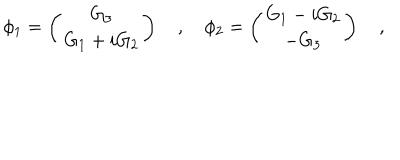
\phi _ { 1 } = \left( \begin{matrix} { { G _ { 3 } } } \\ { { G _ { 1 } + i G _ { 2 } } } \\ \end{matrix} \right) \quad , \quad \phi _ { 2 } = \left( \begin{matrix} { { G _ { 1 } - i G _ { 2 } } } \\ { { - G _ { 3 } } } \\ \end{matrix} \right) \quad ,